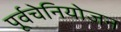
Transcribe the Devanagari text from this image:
पूर्वचेनियोजन